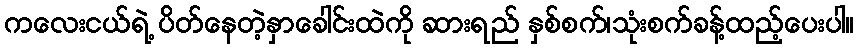
ကလေးငယ်ရဲ့ ပိတ်နေတဲ့နှာခေါင်းထဲကို ဆားရည် နှစ်စက်၊သုံးစက်ခန့်ထည့်ပေးပါ။